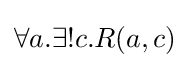
\forall a.\exists !c.R(a,c)